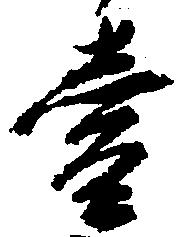
壱